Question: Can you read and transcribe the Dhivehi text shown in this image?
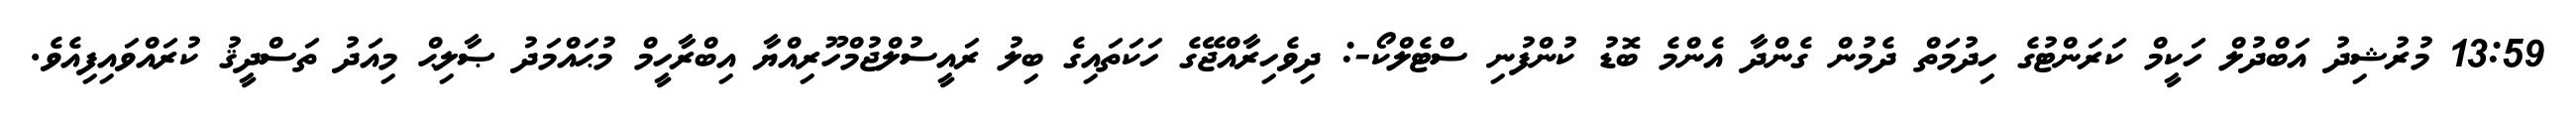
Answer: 13:59 މުރުޝިދު އަބްދުލް ހަކީމް ކަރަންޓުގެ ހިދުމަތް ދެމުން ގެންދާ އެންމެ ބޮޑު ކުންފުނި ސްޓެލްކޯ-: ދިވެހިރާއްޖޭގެ ހަކަތައިގެ ބިލު ރައީސުލްޖުމްހޫރިއްޔާ އިބްރާހީމް މުޙައްމަދު ޞާލިޙް މިއަދު ތަސްދީޤު ކުރައްވައިފިއެވެ.